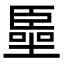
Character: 𠽺